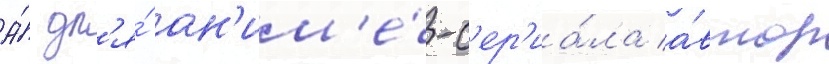
А́ дл'я́ ан'им'е́-с'ер'иа́ла а́втор